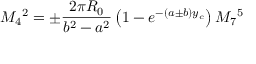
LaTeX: M _ { 4 } { } ^ { 2 } = \pm \frac { 2 \pi R _ { 0 } } { b ^ { 2 } - a ^ { 2 } } \left( 1 - e ^ { - ( a \pm b ) y _ { c } } \right) M _ { 7 } { } ^ { 5 }